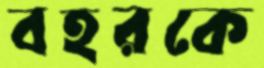
বহরকে